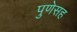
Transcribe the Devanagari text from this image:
पुणेसह